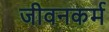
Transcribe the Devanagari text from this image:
जीवनकर्म